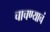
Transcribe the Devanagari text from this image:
चाचण्याचं